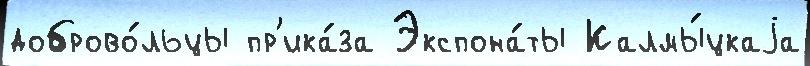
доброво́льцы пр'ика́за Экспона́ты Калмы́цкаjа